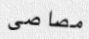
مصاصى